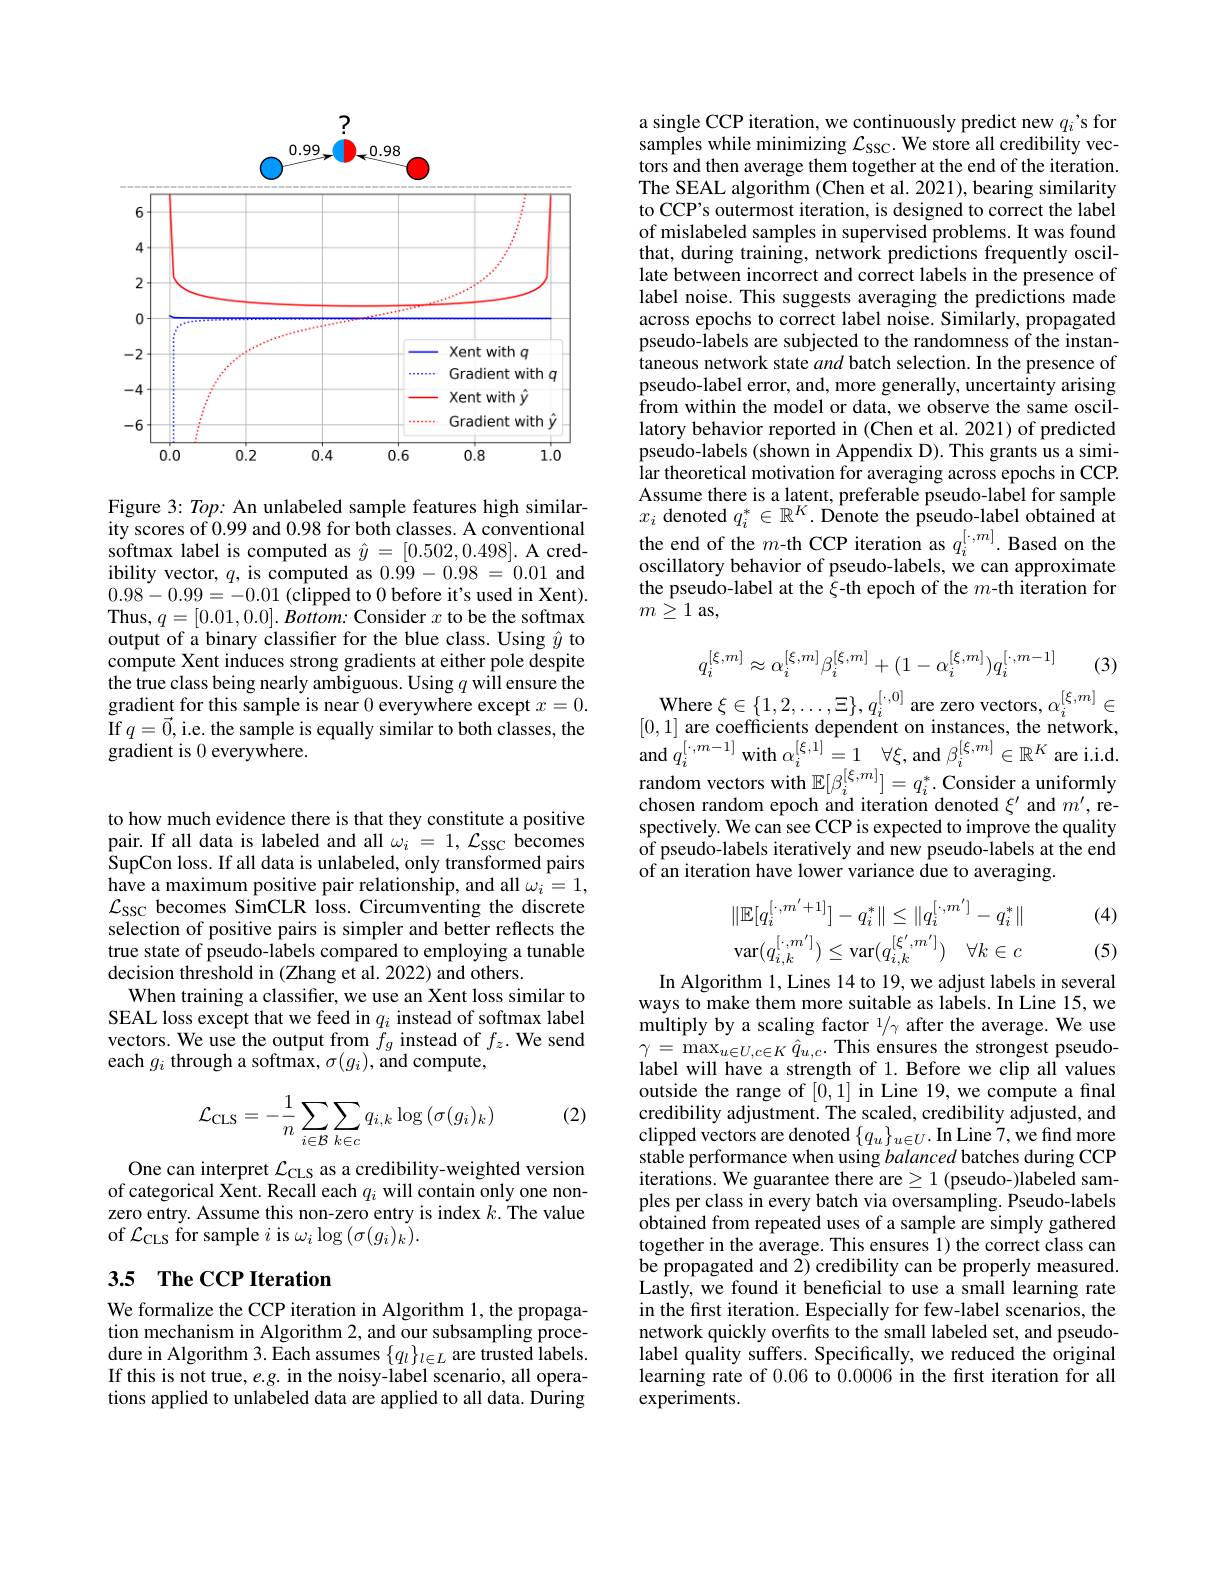
to how much evidence there is that they constitute a positive pair. If all data is labeled and all $\omega_i=1,\mathcal{L}_{\mathrm{SSC}}$ becomes $\hat{S}$upCon loss. If all data is unlabeled, only transformed pairs have a maximum positive pair relationship, and all $\omega_i=1$, $\mathcal{L}_{\mathrm{SSC}}$ becomes SimCLR loss. Circumventing the discrete selection of positive pairs is simpler and better reflects the true state of pseudo-labels compared to employing a tunable decision threshold in (Zhang et al. 2022) and others.
When training a classifier, we use an Xent loss similar to SEAL loss except that we feed in $q_i$ instead of softmax label vectors. We use the output from $f_g$ instead of $f_z.$ We send each $g_i$ through a softmax, $\sigma(g_i)$, and compute,

(2)
$$\mathcal{L}_{\mathrm{CLS}}=-\frac{1}{n}\sum_{i\in\mathcal{B}}\sum_{k\in c}q_{i,k}\log\left(\sigma(g_{i})_{k}\right)$$
One can interpret $\mathcal{L}_\mathrm{CLS}$ as a credibility-weighted version of categorical Xent. Recall each $q_i$ will contain only one nonzero entry. Assume this non-zero entry is index $k.$ The value of $\mathcal{L}_{\mathrm{CLS}}$ for sample $i$ is $\omega_i\log(\sigma(g_{i})_{k}).$

# 3.5 The CCP Iteration

We formalize the CCP iteration in Algorithm 1, the propagation mechanism in Algorithm 2, and our subsampling procedure in Algorithm 3. Each assumes $\{q_l\}_{l\in L}$ are trusted labels. If this is not true, e.g. in the noisy-label scenario, all operations applied to unlabeled data are applied to all data. During

<FigureHere>

Figure 3: Top: An unlabeled sample features high similarity scores of 0.99 and 0.98 for both classes. A conventional softmax label is computed as $\hat{y}=[0.502,0.498].$ A credibility vector, $q$, is computed as 0.99-0.98=0.01 and 0.98-0.99=-0.01 (clipped to 0 before it's used in Xent). Thus, $q= [ 0. 01, 0. 0] . \textit{Bottom: Consider }x$ to be the softmax output of a binary classifier for the blue class. Using $\hat{y}$ to compute Xent induces strong gradients at either pole despite the true class being nearly ambiguous. Using $q$ will ensure the gradient for this sample is near 0 everywhere except $x=0.$ If $q=\vec{0}$,i.e. the sample is equally similar to both classes, the gradient is 0 everywhere.

a single CCP iteration, we continuously predict new $q_i’$s for samples while minimizing $\mathcal{L}_{SSC}.$ We store all credibility vectors and then average them together at the end of the iteration. The SEAL algorithm (Chen et al. 2021), bearing similarity to CCP's outermost iteration, is designed to correct the label of mislabeled samples in supervised problems. It was found that, during training, network predictions frequently oscillate between incorrect and correct labels in the presence of label noise. This suggests averaging the predictions made across epochs to correct label noise. Similarly, propagated pseudo-labels are subjected to the randomness of the instantaneous network state and batch selection. In the presence of pseudo-label error, and, more generally, uncertainty arising from within the model or data, we observe the same oscillatory behavior reported in (Chen et al. 2021) of predicted pseudo-labels (shown in Appendix D). This grants us a simi- lar theoretical motivation for averaging across epochs in CCP. Assume there is a latent, preferable pseudo-label for sample $x_i$ denoted $q_i^*\in\mathbb{R}^K.$ Denote the pseudo-label obtained at the end of the $m$-th CCP iteration as $q_i^{[\cdot,m]}.$ Based on the oscillatory behavior of pseudo-labels, we can approximate the pseudo-label at the $\xi$-th epoch of the $m$-th iteration for $m\stackrel{\bullet}{\geq}1$ as,
$$q_i^{[\xi,m]}\approx\alpha_i^{[\xi,m]}\beta_i^{[\xi,m]}+(1-\alpha_i^{[\xi,m]})q_i^{[\cdot,m-1]}$$
Where $\xi\in\{1,2,\ldots,\Xi\},q_{i}^{[\cdot,0]}$ are zero vectors, $\alpha_i^{[\xi,m]}\in$

(3)

[0,1] are coefficients dependent on instances, the network, and $q_{i}^{[ \cdot , m- 1] }$with $\alpha _{i}^{[ \xi , 1] }= 1$ $\forall \xi $, and $\beta _{i}^{[ \xi , m] }\in \mathbb{R} ^{K}$ are i. i. d. random vectors with $\mathbb{E} [ \beta _{i}^{[ \xi , m] }] = q_{i}^{* }\cdot$Consider a uniformly chosen random epoch and iteration denoted $\xi^\prime$ and $m^{\prime}$, respectively. We can see CCP is expected to improve the quality of pseudo-labels iteratively and new pseudo-labels at the end of an iteration have lower variance due to averaging.

(4)
$$\|\mathbb{E}[q_{i}^{[\cdot,m^{\prime}+1]}]-q_{i}^{*}\|\leq\|q_{i}^{[\cdot,m^{\prime}]}-q_{i}^{*}\|\\\mathrm{var}(q_{i,k}^{[\cdot,m^{\prime}]})\leq\mathrm{var}(q_{i,k}^{[\xi^{\prime},m^{\prime}]})\quad\forall k\in c$$
(5)

In Algorithm 1, Lines 14 to 19, we adjust labels in several ways to make them more suitable as labels. In Line 15, we multiply by a scaling factor $^1/_\gamma$ after the average. We use $\gamma=\max_{u\in U,c\in K}\hat{q}_{u,c}.$This ensures the strongest pseudolabel will have a strength of 1. Before we clip all values outside the range of [0,1] in Line 19, we compute a final credibility adjustment. The scaled, credibility adjusted, and clipped vectors are denoted $\{q_u\}_{u\in U}.$ In Line 7,we find more stable performance when using balanced batches during CCP iterations. We guarantee there are $\geq1$ (pseudo-)labeled samples per class in every batch via oversampling. Pseudo-labels obtained from repeated uses of a sample are simply gathered together in the average. This ensures 1) the correct class can be propagated and 2) credibility can be properly measured. Lastly, we found it beneficial to use a small learning rate in the first iteration. Especially for few-label scenarios, the network quickly overfits to the small labeled set, and pseudolabel quality suffers. Specifically, we reduced the original learning rate of 0.06 to 0.0006 in the frst iteration for all experiments.